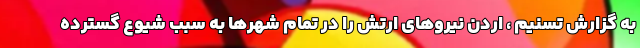
به گزارش تسنیم ، اردن نیروهای ارتش را در تمام شهرها به سبب شیوع گسترده